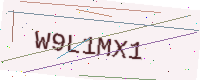
Text: W9L1MX1